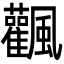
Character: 飌